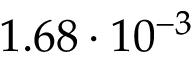
1 . 6 8 \cdot 1 0 ^ { - 3 }